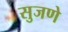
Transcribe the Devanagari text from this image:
सुजणे